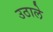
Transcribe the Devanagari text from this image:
उठाले